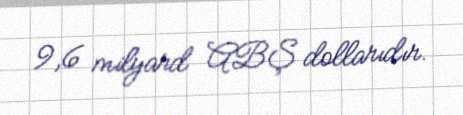
9,6 milyard ABŞ dollarıdır.